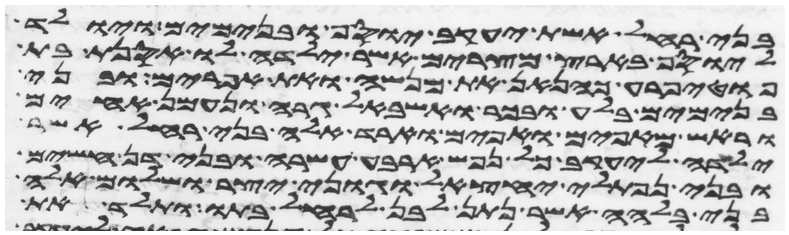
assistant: בני רחל אשת יעקב יוסף ובנימים ויולד
ליוסף בארץ מצרים אשר ילדה לו אסנת בת
פוטיפרע כהנאן את מנשה ואת אפרים ובני
בנימים בלע ובכר ואשבאל גרה ונעמן אחים
וראש מאפים ואפים וארד אלה בני רחל אשר
ילדה ליעקב כל נפש ארבע עשרה ובני דן חשים
ובני נפתלי יחצאל וגוני יצר ושלום אלה
בני בלהה אשר נתן לבן לרחל בתו ותלד את